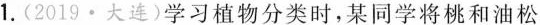
1.(2019·大连)学习植物分类时，某同学将桃和油松